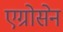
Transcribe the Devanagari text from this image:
एग्रोसेन